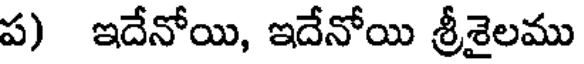
ప) ఇదేనోయి, ఇదేనోయి శ్రీశైలము